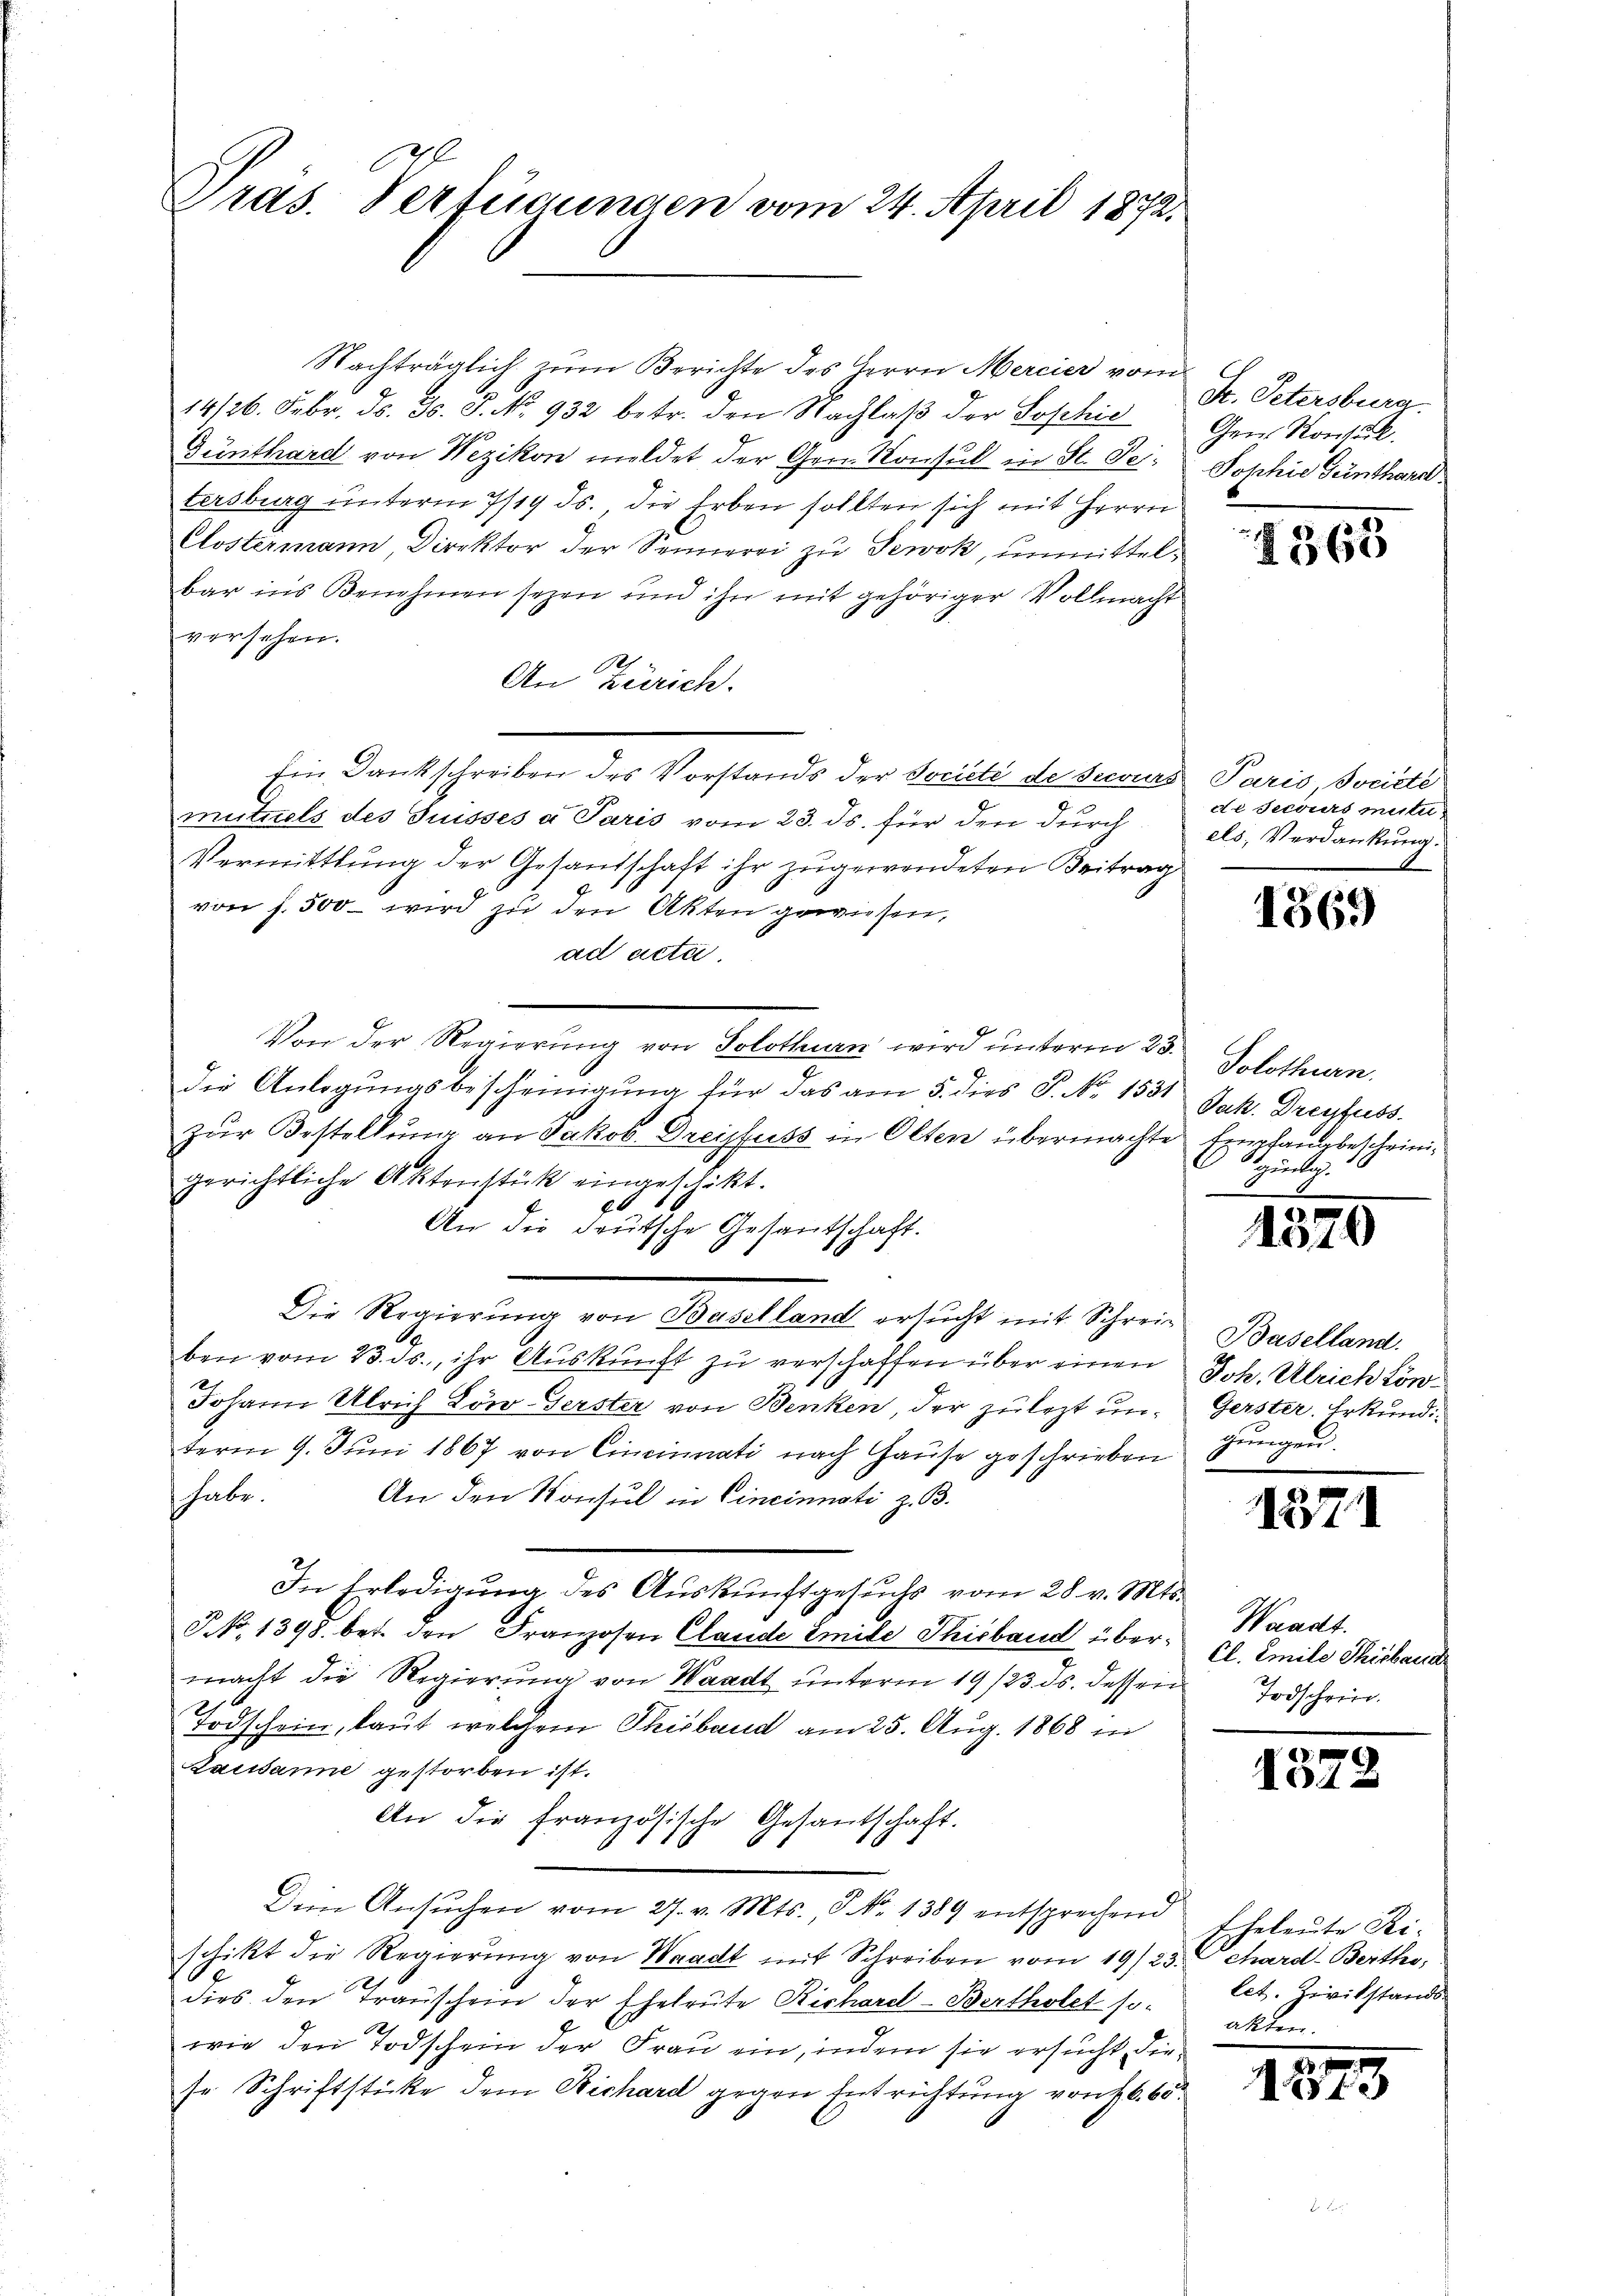
Gras. Verfügungen vom 24. April 1872.

Nachträglich zum Berichte des Herrn Mercier vom
14/26. Febr. ds. Gs. J. No. 932 betr. den Nachlaß der Sophie
Gunthard von Wezikon meldet der Gen. Konsul in St. Peitersburg unterm 7/19. ds., die Erben sollten sich mit Herrn
Clostermann Direktor der Sennerei zu Jewok, unmittelbar ins Benehmen sezen und ihn mit gehöriger Vollmacht
versehen.
Ah
An Zürich.
Ein Dankschreiben des Vorstands der Societé de secourmutuels des Suisses a Paris vom 23. ds. für den durch
Vermittlung der Gesandschaft ihr zugewendeten Beitrag
von f. 500 – wird zu den Akten gewiesen,
ad acta.
Von der Regierung von Solothurn wird unterm 23.
die Anlegungsbescheinigung für das am 5. dies P. No 1531
zŭr Bestellung an Jakob Dreisfuss in Olten übermachte
gerichtliche Aktenstück eingeschikt.
An die deutsche Gesantschaft.
Die Regierung von Baselland ersucht mit Schreiben vom 23. ds., ihr Auskunft zu verschaffen über einen
Johann Ulrich Löw-Gerster von Benken, der zulezt unterm 9. Juni 1867 von Cincinnati nach Hause geschrieben
habe.
An den Konsul in Cincinnati z. B.
In Erledigung des Auskunftgesuchs vom 28. v. Mts.
P No. 1398. bet. den Franzosen Claude Emite Thieband übermacht die Regierung von Waadt unterm 19/23. ds. dessen
Todschein, laut welchem Thibaud am 25. Aug. 1868 in
Lausanne gestorben ist.
An die französische Gesantschaft.
Den Ansŭchen vom 27. v. Mts., S. 1389 entsprechend
schikt die Regierŭng von Waadt mit Schreiben vom 19/23. Ochard-Bertho
dies den Transchein der Eheleute Richard-Bertholet so¬
.
wie den Todschein der Frau ein, indem sie ersucht die
se Schriftsticke dem Richard gegen Entrichtung von fl. 65

St. Petersburg.
Gen. Kontörl.
Jophie Genthardt.

1565

Paris, Societe
di secours mili
els, Verdankung.

1369

Solothurn.
Jak. Dreyfuss.
Empfangsbescheini¬
Hrückg

1370

Baselland.
Joh. Ulrich kön¬
Gerster. Erkund
gungen.

1137

Waadt.
Cl. Emite Thibaud
Todschri

102:

.

Eheleute Rilet. Zivilstands
akten.

1875